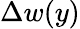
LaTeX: \Delta w(y)